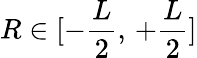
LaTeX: R\in[-\frac{L}{2},\, +\frac{L}{2}]